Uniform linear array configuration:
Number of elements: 4
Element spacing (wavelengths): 1
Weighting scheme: exponential
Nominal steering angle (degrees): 60
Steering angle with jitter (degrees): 61.308
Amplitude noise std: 0.05
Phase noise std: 0.05

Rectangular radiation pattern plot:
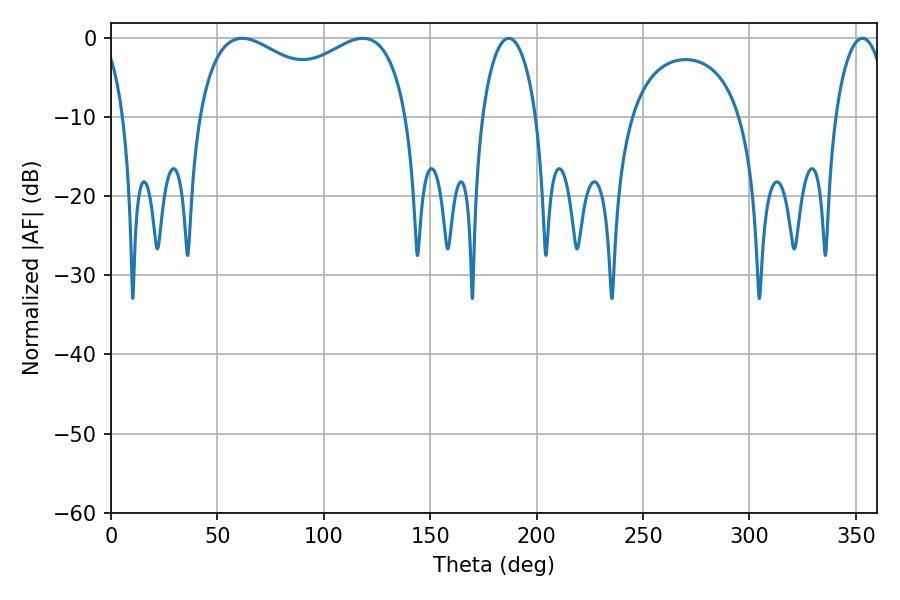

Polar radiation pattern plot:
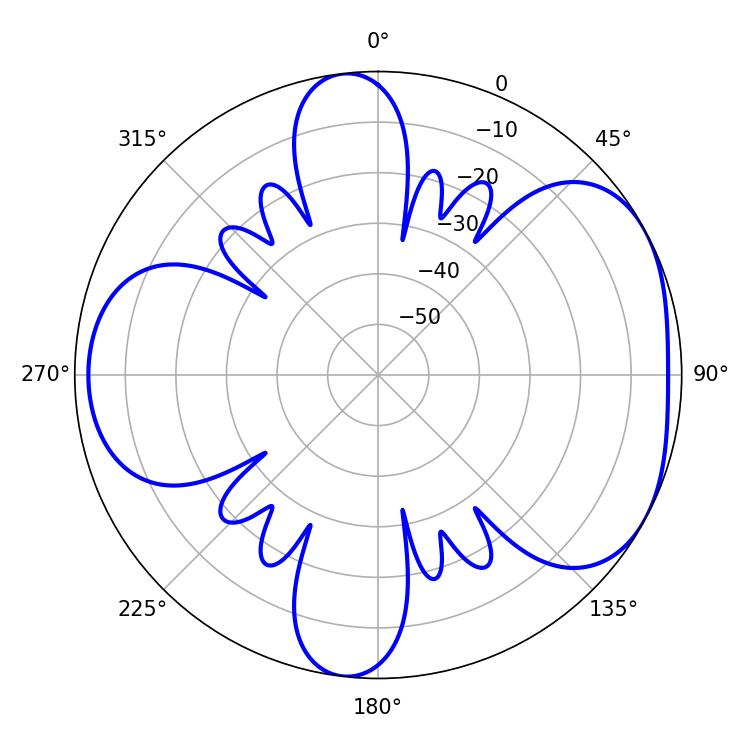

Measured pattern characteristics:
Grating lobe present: TRUE
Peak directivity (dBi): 4.792
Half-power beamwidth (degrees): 82.08
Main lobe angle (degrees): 61.56